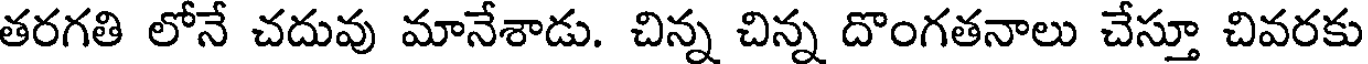
తరగతి లోనే చదువు మానేశాడు. చిన్న చిన్న దొంగతనాలు చేస్తూ చివరకు